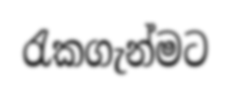
රැකගැන්මට